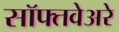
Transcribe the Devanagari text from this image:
सॉफ्तवेअरे